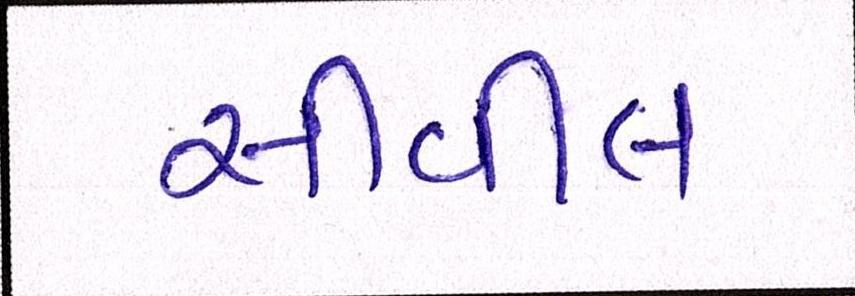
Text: સીવીલ